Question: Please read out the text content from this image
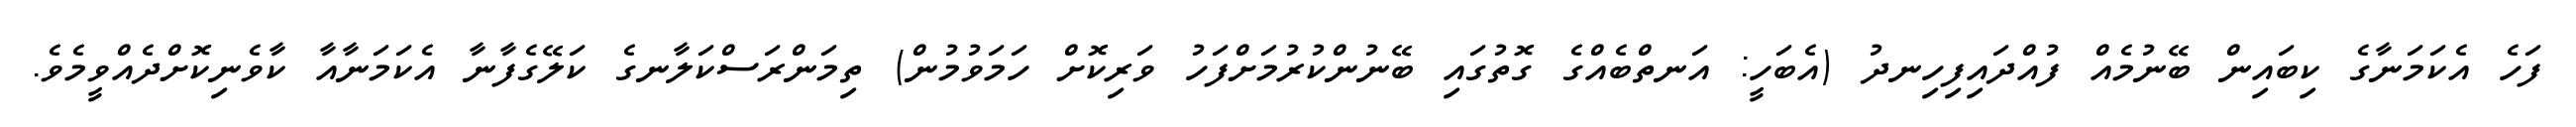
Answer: ފަހެ އެކަމަނާގެ ކިބައިން ބޭނުމެއް ފުއްދައިފިހިނދު (އެބަހީ: އަނތްބެއްގެ ގޮތުގައި ބޭނުންކުރުމަށްފަހު ވަރިކޮށް ހަމަވުމުން) ތިމަންރަސްކަލާނގެ ކަލޭގެފާނާ އެކަމަނާއާ ކާވެނިކޮށްދެއްވީމެވެ.